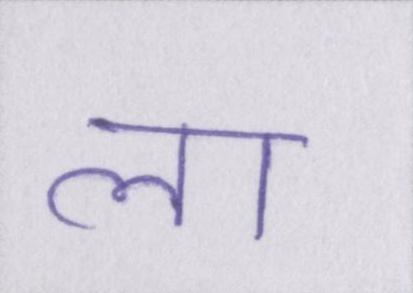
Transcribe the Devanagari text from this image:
ला